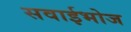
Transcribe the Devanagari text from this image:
सवाईभोज